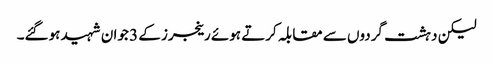
لیکن دہشت گردوں سے مقابلہ کرتے ہوئے رینجرز کے 3 جوان شہید ہوگئے۔